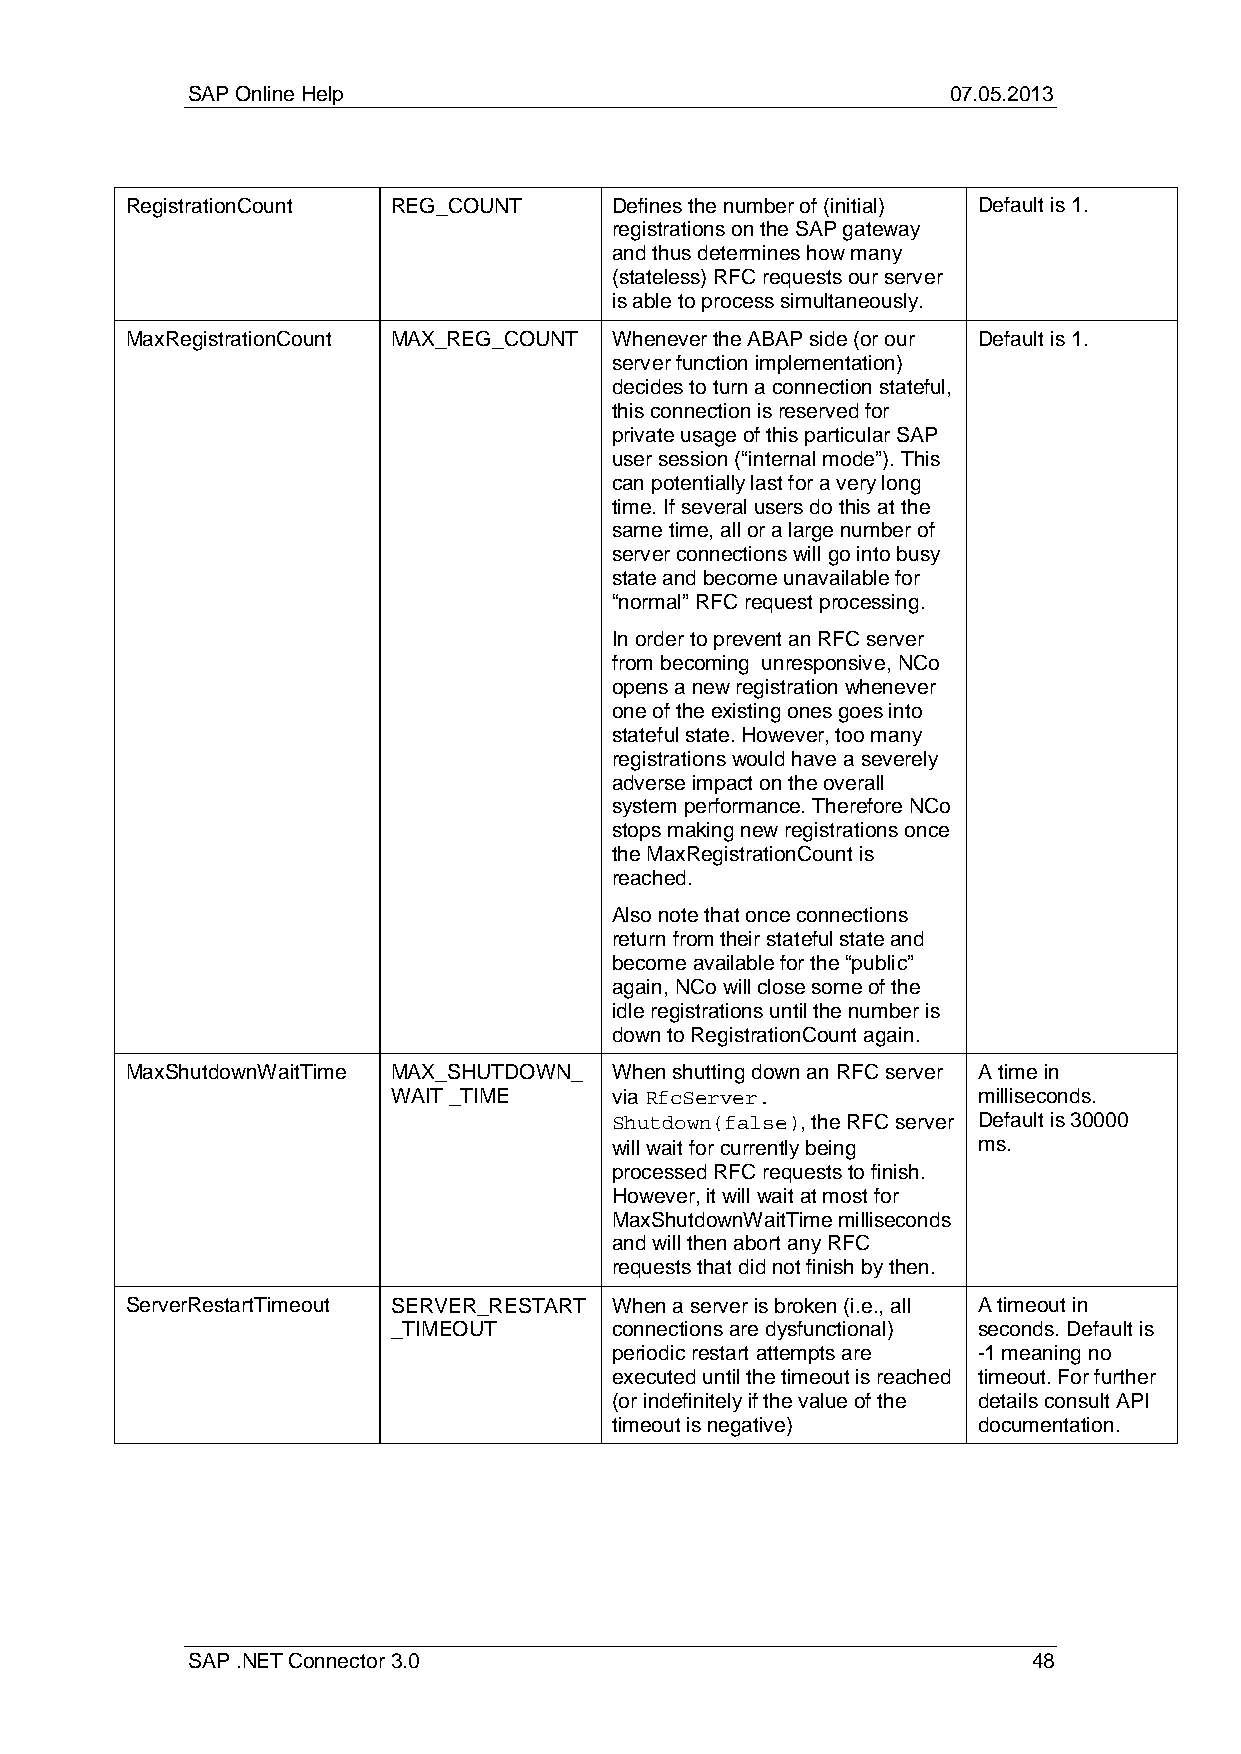
SAP Online Help                                    07.05.2013
 RegistrationCount REG_COUNT      Defines the number of (initial) Default is 1.
 registrations on the SAP gateway
 and thus determines how many
 (stateless) RFC requests our server
 is able to process simultaneously.
 MaxRegistrationCount MAX_REG_COUNT Whenever the ABAP side (or our Default is 1.
 server function implementation)
 decides to turn a connection stateful,
 this connection is reserved for
 private usage of this particular SAP
 user session (“internal mode”). This
 can potentially last for a very long
 time. If several users do this at the
 same time, all or a large number of
 server connections will go into busy
 state and become unavailable for
 “normal” RFC request processing.
 In order to prevent an RFC server
 from becoming unresponsive, NCo
 opens a new registration whenever
 one of the existing ones goes into
 stateful state. However, too many
 registrations would have a severely
 adverse impact on the overall
 system performance. Therefore NCo
 stops making new registrations once
 the MaxRegistrationCount is
 reached.
 Also note that once connections
 return from their stateful state and
 become available for the “public”
 again, NCo will close some of the
 idle registrations until the number is
 down to RegistrationCount again.
 MaxShutdownWaitTime MAX_SHUTDOWN_ When shutting down an RFC server A time in
 WAIT _TIME     via RfcServer.          milliseconds.
 Shutdown(false), the RFC server Default is 30000
 will wait for currently being ms.
 processed RFC requests to finish.
 However, it will wait at most for
 MaxShutdownWaitTime milliseconds
 and will then abort any RFC
 requests that did not finish by then.
 ServerRestartTimeout SERVER_RESTART When a server is broken (i.e., all A timeout in
 _TIMEOUT       connections are dysfunctional) seconds. Default is
 periodic restart attempts are -1 meaning no
 executed until the timeout is reached timeout. For further
 (or indefinitely if the value of the details consult API
 timeout is negative)    documentation.
 SAP .NET Connector 3.0                                  48